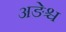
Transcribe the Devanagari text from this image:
अङेश्च